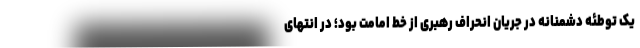
یک توطئه دشمنانه در جریان انحراف رهبری از خط امامت بود؛ در انتهای